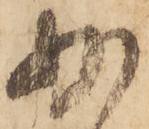
少